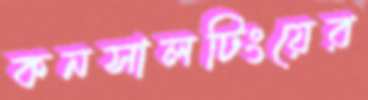
কনসালটিংয়ের